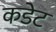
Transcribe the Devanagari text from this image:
कडेट